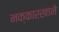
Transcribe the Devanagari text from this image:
नक्कारखाने